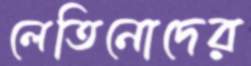
লেতিনোদের